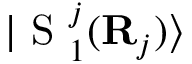
| \mathrm { ~ S ~ } _ { 1 } ^ { j } ( { \bf { R } } _ { j } ) \rangle